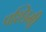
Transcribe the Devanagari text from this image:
पश्छिमी